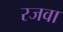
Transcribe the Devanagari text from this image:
रजवा